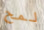
لمح